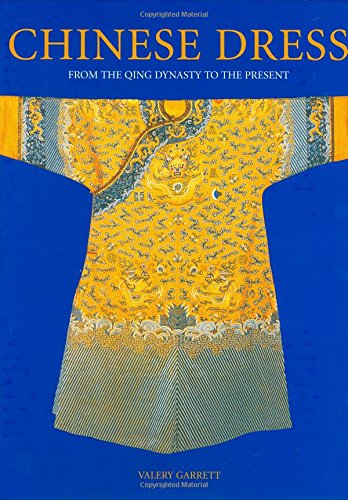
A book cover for Chinese Dress: From the Qing Dynasty to the Present; Valery Garrett; Crafts, Hobbies & Home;